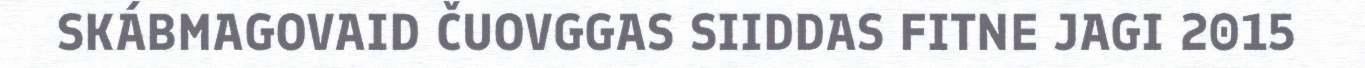
SKÁBMAGOVAID ČUOVGGAS SIIDDAS FITNE JAGI 2015